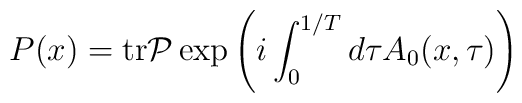
P(x)={\rm tr}{\cal P}\exp\left(i\int_0^{1/T}d\tau A_0(x,\tau)\right)